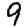
Digit: 9